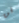
فن